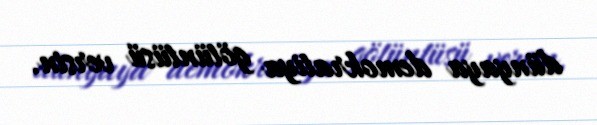
dünyaya demokratiya götüntüsü versin.